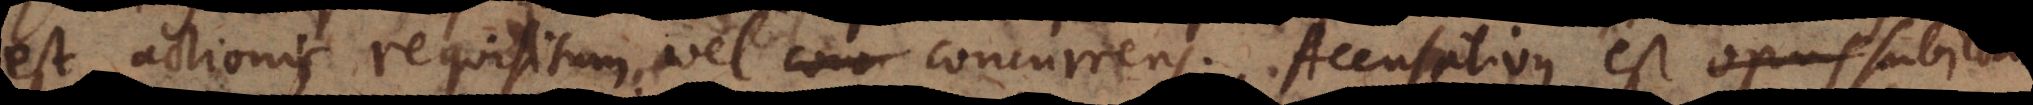
est actionis requisitum vel concurrens. Accusativus est opus.